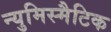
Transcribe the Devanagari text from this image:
न्युमिस्मैटिक